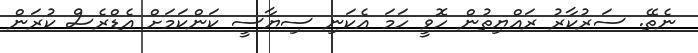
ނެތޭ. ސަރުކާރު ރައްޔިތުން ހޮވީ ހަމަ އެކަނި ސިޔާސީ ކަންކަމަށް އެޑްރެސް ކުރަން